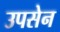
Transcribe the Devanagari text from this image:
उपसेन